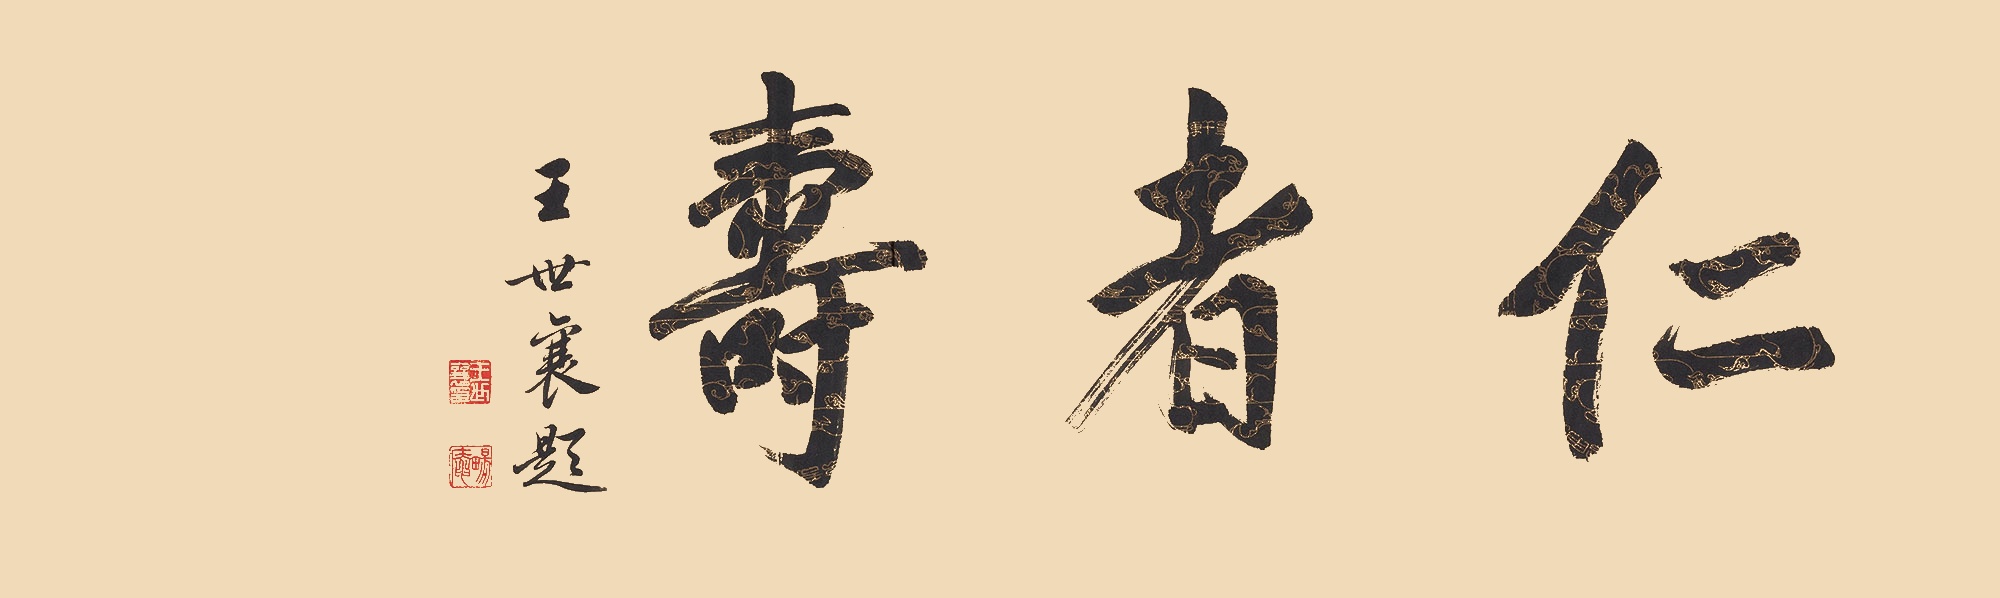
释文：仁者寿王世襄题。